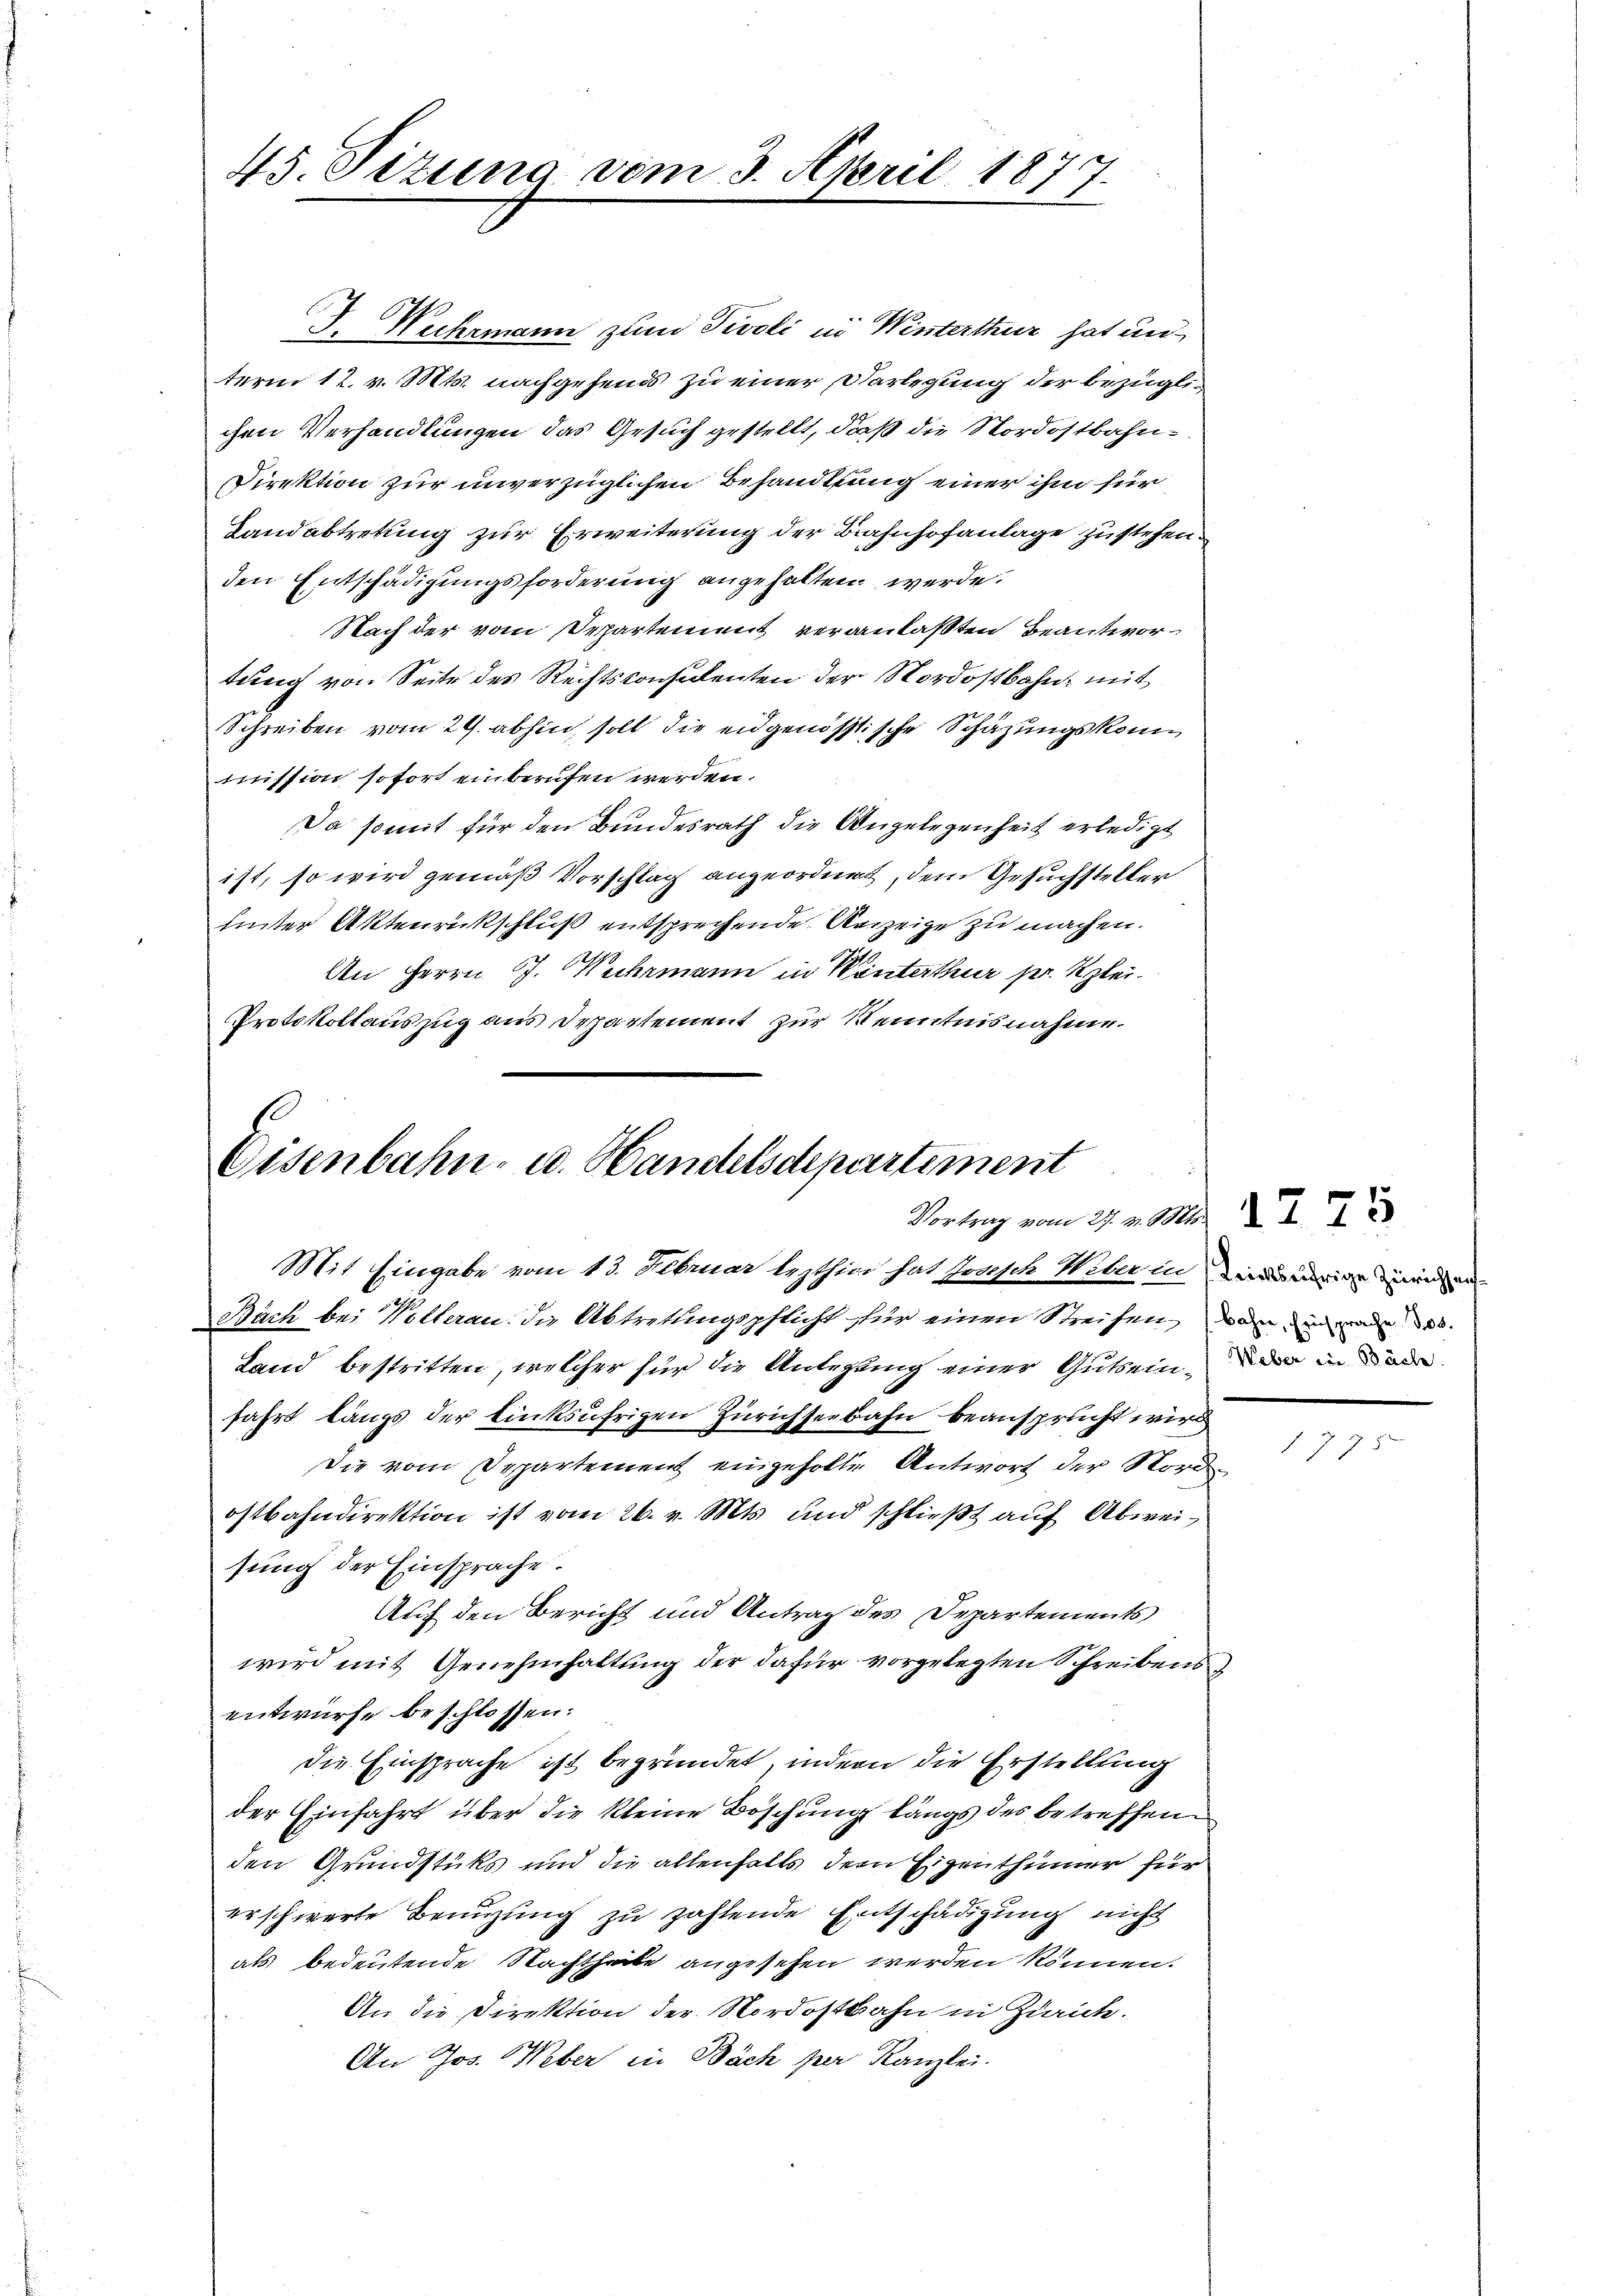
45. Situng vom 3. April 1877.

Eisenbahn- u. Handelsdepartement
Vortrag vom 27. v. M. I. 75
Mit Eingabe vom 13. Februar lezthin hat Joseph Weber in der eige einen

Bach bei Wollerau die Abtretungspflicht für einen Streifen, dann in mode des
Land bestritten, welcher für die Anlegung einer Gutseiner in ein
fahrt längs der linksufrigen Zürichseebahn beansprucht wird
Die vom Departement eingeholte Antwort der Nordostbahndirektion ist vom 26. v. Mts. und schließt auf Abweisung der Einsprache.
Auf den Bericht und Antrag des Departements
wird mit Genehmhaltung der dafür vorgelegten Schreibens
entwurfe beschlossen:
die Einsprache ist begründet, indern die Erstellung
der Einfahrt über die kleine Böschung längs des betreffen
den Grundstüks und die allenfalls dem Eigenthümer für
erschwerte Benuzung zu zahlende Entschädigung nicht
als bedeutende Nachtheile angesehen werden können.
An die Direktion der Nordostbahn in Zürich.
An Jos. Weber in Bäch per Kanzlei.

J. Wuhrmann zum Tivoli in Winterthur hat un
term 12. v. Mts. nachgehend zu einer Verlegung der bezüglichen Verhandlungen das Gesuch gestellt, daß die Nordostbahn¬
Direktion zur unverzüglichen Behandlung einer ihm für
Landabtretung zur Erweiterung der Bahnhofanlage zustehen.
den Entschädigungsforderung angehalten werde.
Nach der vom Departement veranlaßten Beantwortung von Seite des Rechtsconsulenten der Nordostbahn, mit
Schreiben vom 29. abhin, soll die eidgenössische Schazungskommission sofort einberufen werden.
Da somit für den Bundesrath die Angelegenheit erledigt
ist, so wird gemäß Vorschlag angeordnet, dem Gesuchsteller
hinter Aktenrückschluß entsprechende Anzeige zu machen.
An Herrn J. Wuhrmann in Winterthur pr. Klei¬
Protokollauszug aus Departement zur Kenntnisnahme.

177 x